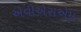
એવીએસએમ